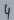
Text: 4